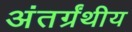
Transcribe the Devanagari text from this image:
अंतर्ग्रंथीय